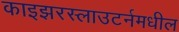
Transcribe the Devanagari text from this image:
काइझरस्लाउटर्नमधील